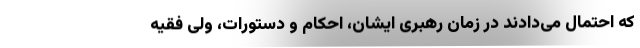
که احتمال می‌دادند در زمان رهبری ایشان، احکام و دستورات، ولی فقیه